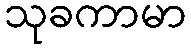
သုခကာမာ